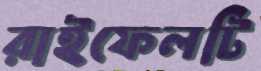
রাইফেলটি